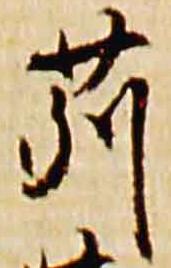
苅